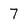
Character: 7